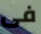
فى